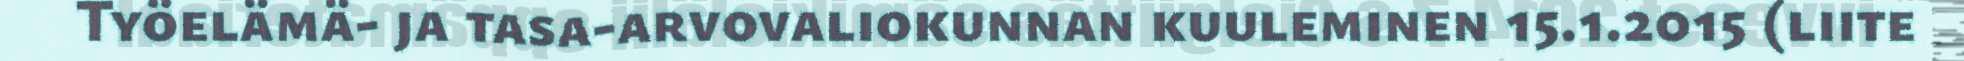
Työelämä- ja tasa-arvovaliokunnan kuuleminen 15.1.2015 (liite